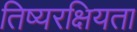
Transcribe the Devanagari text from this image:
तिष्यरक्षियता